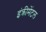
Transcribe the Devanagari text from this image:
इंक्रीमेंटल